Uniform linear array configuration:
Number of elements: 32
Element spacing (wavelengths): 0.75
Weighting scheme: cosine
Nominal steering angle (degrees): -60
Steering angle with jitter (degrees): -61.867
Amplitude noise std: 0.05
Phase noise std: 0.05

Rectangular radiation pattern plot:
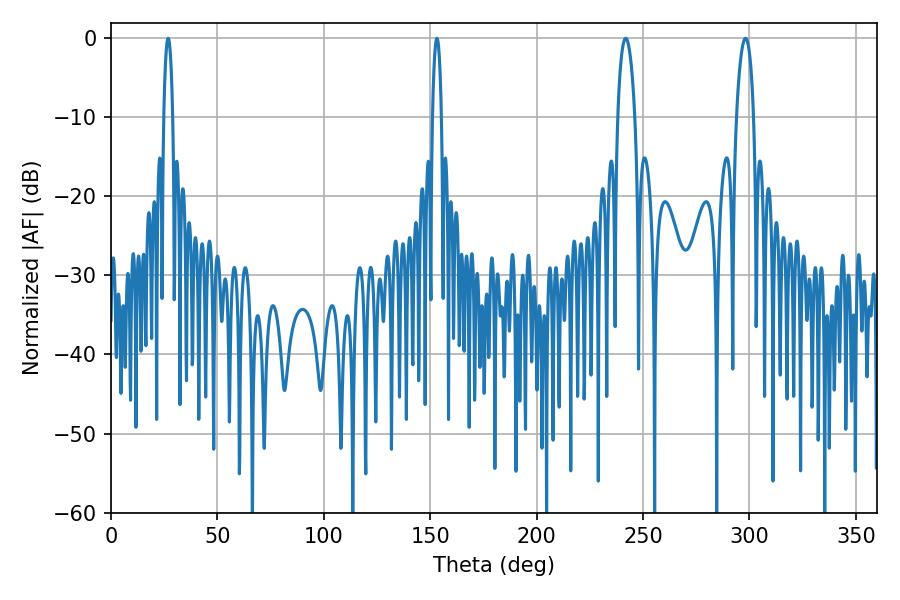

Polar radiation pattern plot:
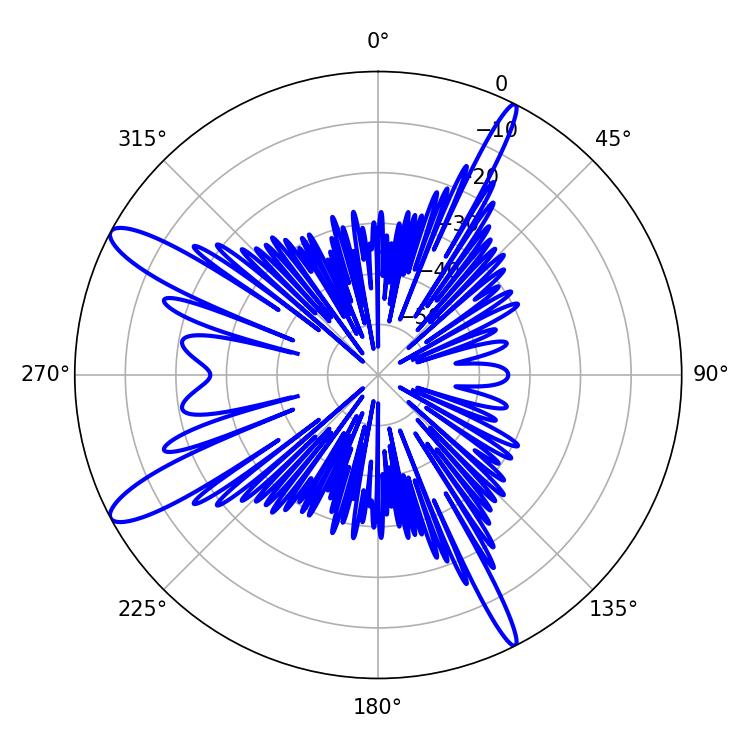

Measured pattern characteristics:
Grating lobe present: TRUE
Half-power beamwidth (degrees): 2.34
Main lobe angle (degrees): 26.82